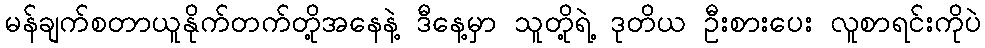
မန်ချက်စတာယူနိုက်တက်တို့အနေနဲ့ ဒီနေ့မှာ သူတို့ရဲ့ ဒုတိယ ဦးစားပေး လူစာရင်းကိုပဲ